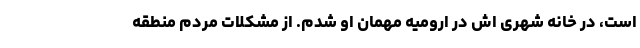
است، در خانه شهری اش در ارومیه مهمان او شدم. از مشکلات مردم منطقه